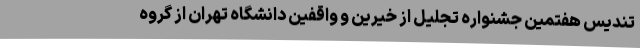
تندیس هفتمین جشنواره تجلیل از خیرین و واقفین دانشگاه تهران از گروه